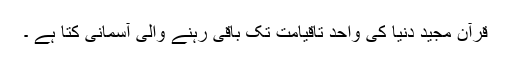
قرآن مجید دنیا کی واحد تاقیامت تک باقی رہنے والی آسمانی کتا ہے ۔